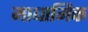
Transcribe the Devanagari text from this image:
माधामिक